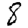
Digit: 8